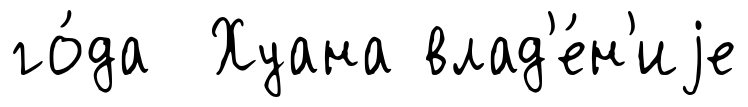
го́да Хуана влад'е́н'иjе